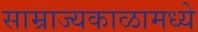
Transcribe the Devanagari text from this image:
साम्राज्यकाळामध्ये